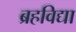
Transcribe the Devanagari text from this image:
ब्रहविद्या